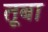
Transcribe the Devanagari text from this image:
तूबा